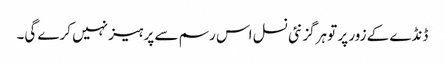
ڈنڈے کے زور پر تو ہرگز نئی نسل اس رسم سے پرہیز نہیں کرے گی۔